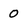
Character: 0